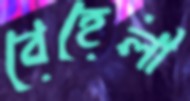
বেহেলী